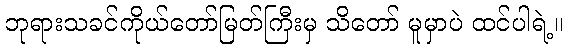
ဘုရားသခင်ကိုယ်တော်မြတ်ကြီးမှ သိတော် မူမှာပဲ ထင်ပါရဲ့။